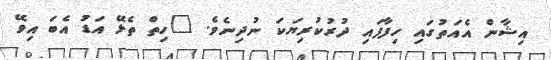
އިޝާން އެއަތުގައި ހިފާފައި ދުރުކުރިޔަކަ ނުދިނެވެ. "ހިތް ތެޅޭ އަޑު އެބަ އިވޭ